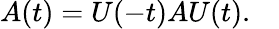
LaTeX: A(t)=U(-t)AU(t).\quad